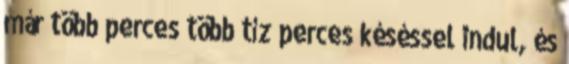
már több perces több tíz perces késéssel indul, és